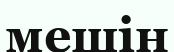
мешін